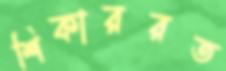
শিকাররত